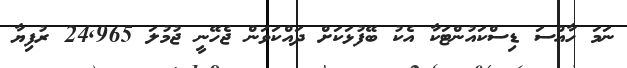
ނަމަ ހާއްސަ ޑިސްކައުންޓަކާ އެކު ބޭފުޅަކަށް ދައްކަވަން ޖެހޭނީ ޖުމުލަ 24